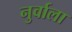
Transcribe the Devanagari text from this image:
नुर्वाला